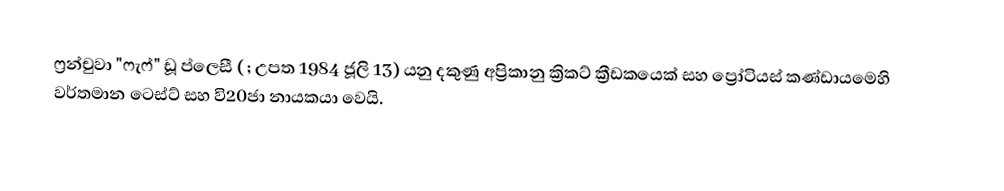
ෆ්‍රන්චුවා "ෆැෆ්" ඩූ ප්ලෙසී ( ; උපත 1984 ජූලි 13) යනු දකුණු අප්‍රිකානු  ක්‍රිකට් ක්‍රීඩකයෙක් සහ ප්‍රෝටියස් කණ්ඩායමෙහි වර්තමාන ටෙස්ට් සහ  වි20ජා නායකයා වෙයි.